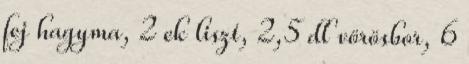
fej hagyma, 2 ek liszt, 2,5 dl vörösbor, 6